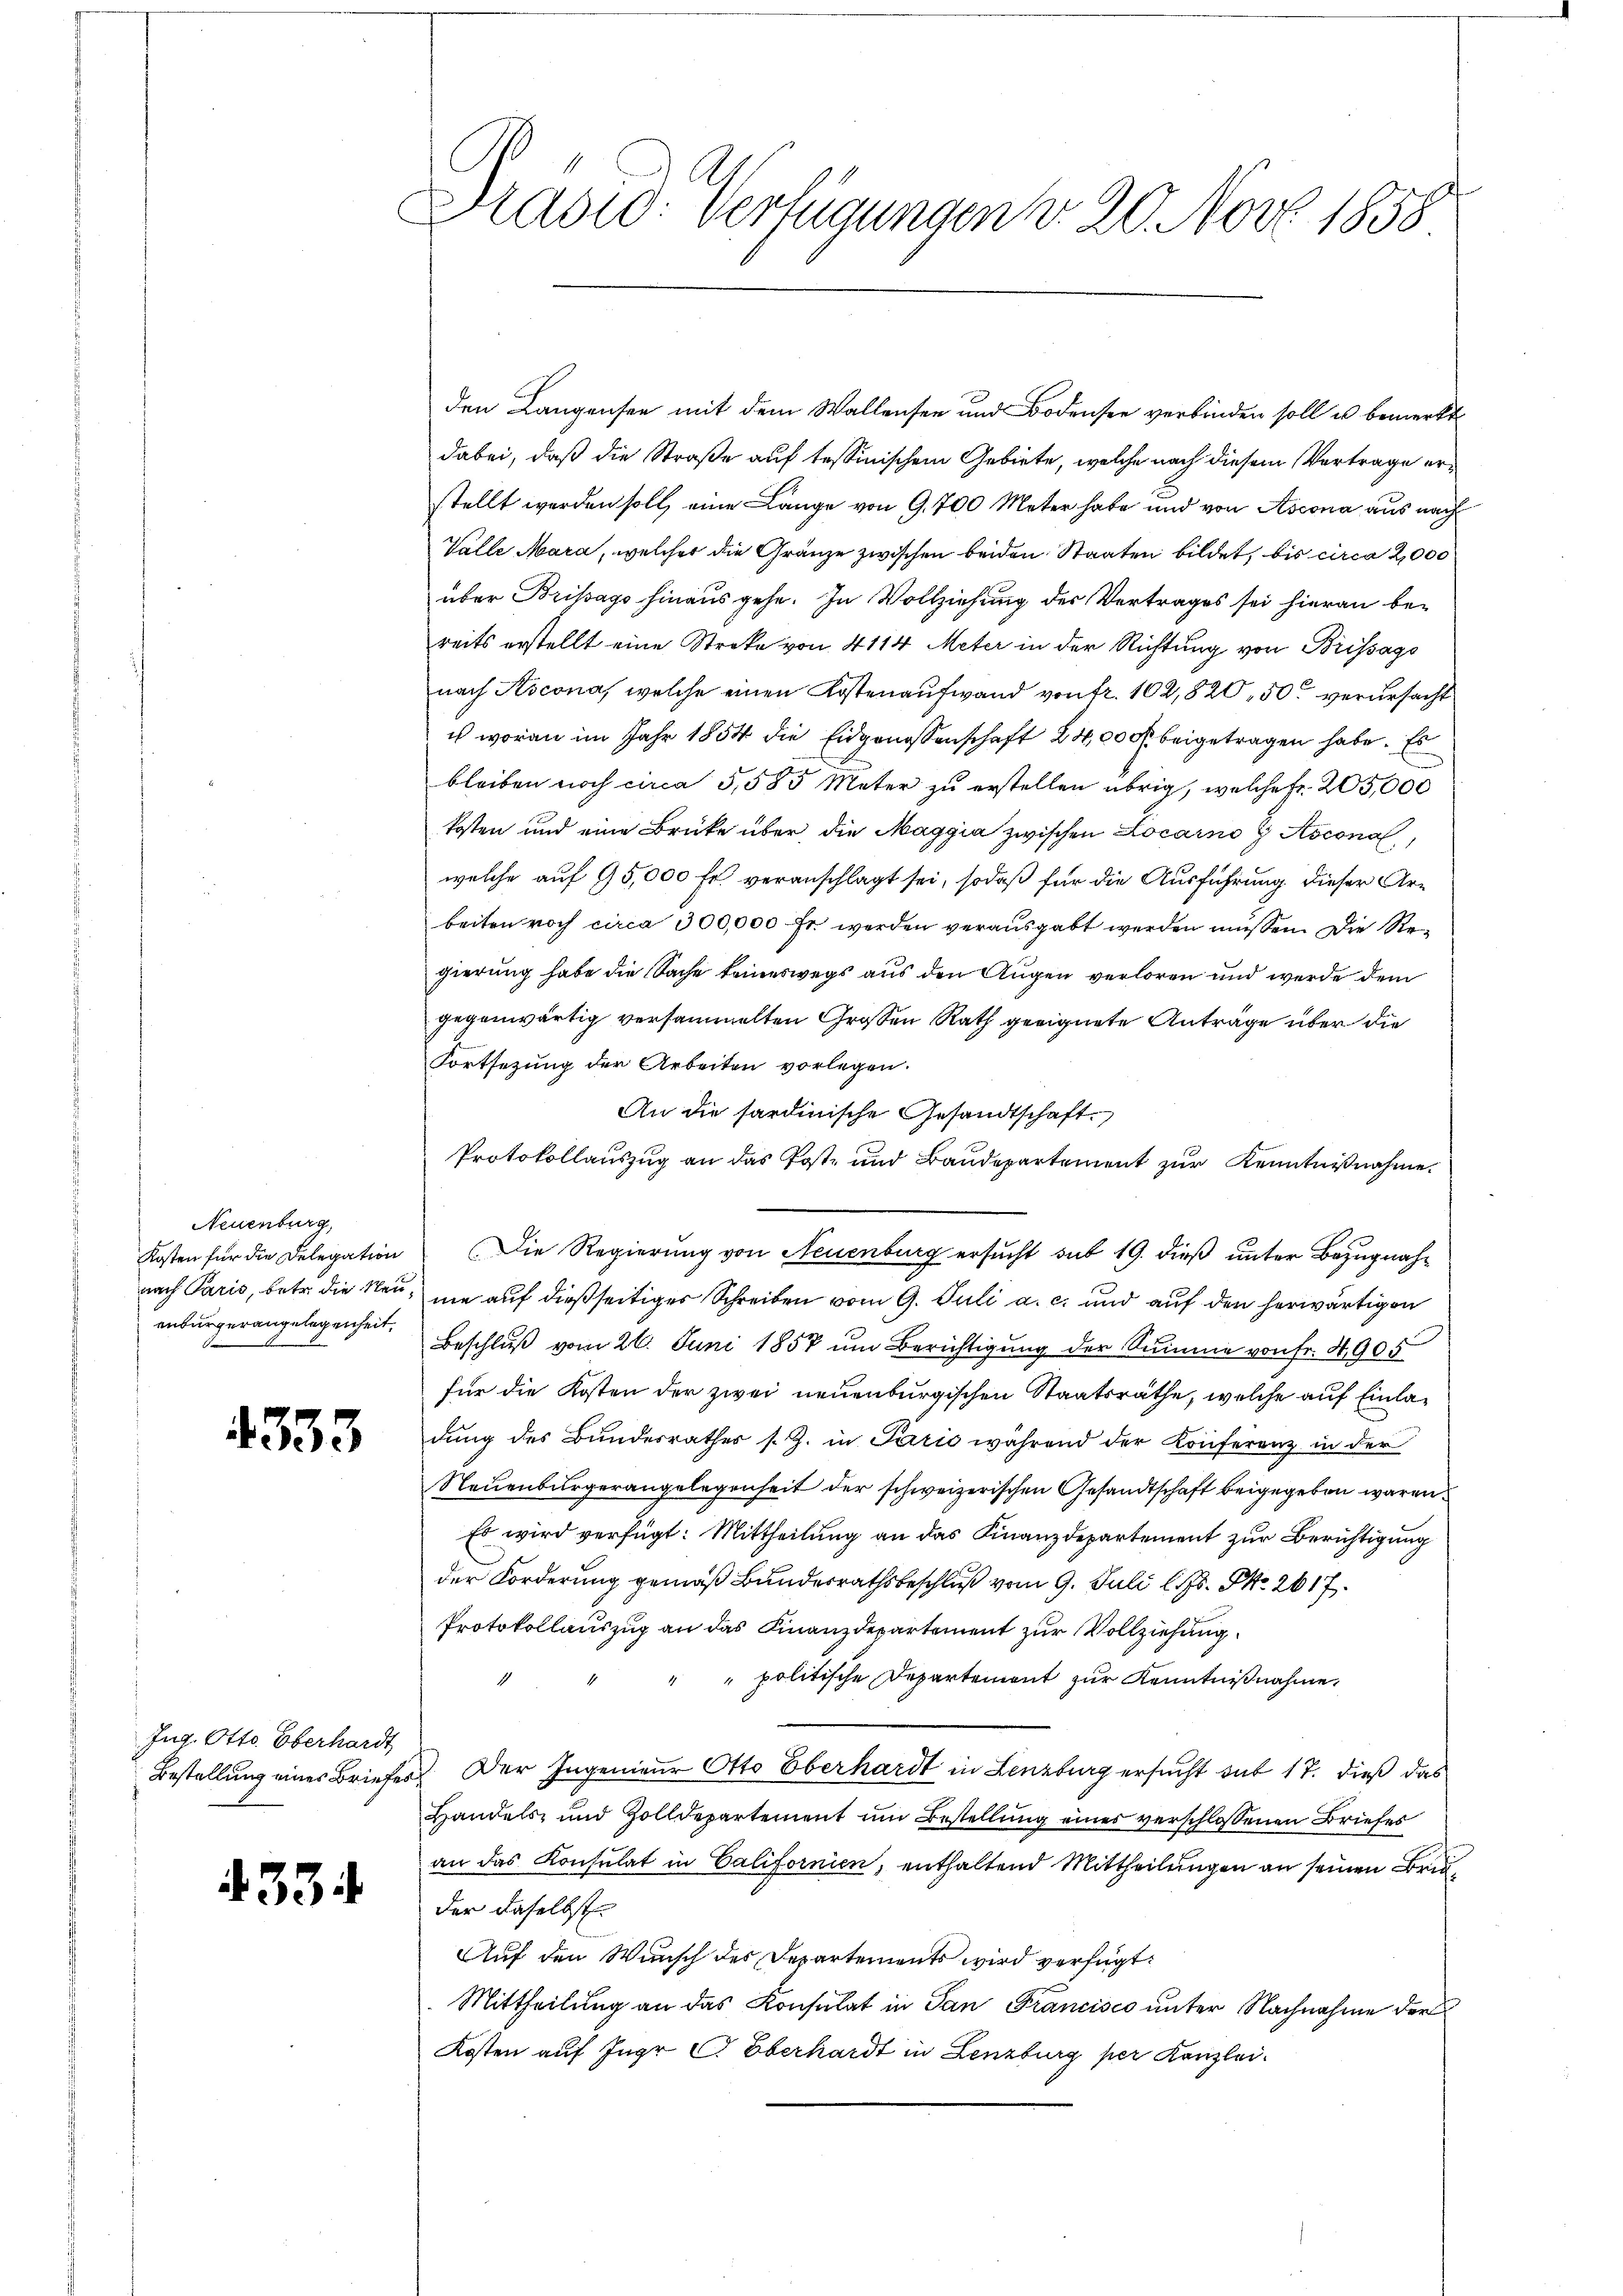
Neuenburg,
Kosten für die Delegation
nach Paris, betr. die Neuenburgerangelegenheit,

4333

Jug. Otto Oberhardt
Bestellung eines Briefe

4334

Dradid: Verfügungen v. 20. Nov. 1858

den Langensee mit dem Wallensee und Bodensee verbinden soll u bemerkt
dabei, daß die Straße auf tessinischem Gebiete, welche nach diesem Vertrage erstellt werden soll, eine Lange von 9. 700 Meter habe und von Ascona aus nach
Valle Mara, welcher die Gränze zwischen beiden Staaten bildet, bis circa 2,000
über Brissago hinaus gehe. In Vollziehung des Vertrages sei hieran bereits erstellt eine Streke von 4114 Meter in der Richtung von Brissago
nach Ascona, welche einen Kostenaufwand von fr. 102,820, 50 verursacht
u woran im Jahr 1854 die Eidgenossenschaft 24,000 beigetragen habe. Es
bleiben noch circa 5,585 Meter zu erstellen übrig, welche fr. 205,000
kosten und eine Brüke über die Maggia zwischen Locarno G Aocona
welche auf 95,000 Fr. veranschlagt sei, sodaß für die Ausführung dieser Arbeiten noch circa 300,000 fr. werden verausgabt werden müssen. Die Regierung habe die Sache keineswegs aus den Augen verloren und werde dem
gegenwärtig versammelten Grossen Rath geeignete Anträge über die
Fortsezung der Arbeiten vorlegen.
An die sardinische Gesandtschaft.
Protokollauszug an das Post- und Baudepartement zur Kenntnißnahme.
Die Regierung von Neuenburg ersucht sub 19. dieß unter Bezugnahne auf dießseitiges Schreiben vom 9. Juli a. c. und auf den herwärtigen
Beschluß vom 26. Juni 1857 um Berichtigung der Summe von fr. 4905
für die Kosten der zwei neuenburgischen Staatsräthe, welche auf Einladung des Bundesrathes s. Z. in Parić während der Konferenz in der
Neuenburgerangelegenheit der schweizerischen Gesandtschaft beigegeben waren.
Es wird verfügt: Mittheilung an das Finanzdepartement zur Berichtigung
der Forderung gemäß Bundesrathsbeschluß vom 9. Juli l. Js. No. 2617.
Protokollauszug an das Finanzdepartement zur Vollziehung
" politische Departement zur Kenntnißnahme,
Der Ingenieur Otto Oberhardt in Lenzburg ersucht sub 17. dieß das
Handels- und Zolldepartement um Bestellung eines verschlossenen Briefes
an das Konsulat in Californien, enthaltend Mittheilungen an seinen Bruder daselbst.
Auf den Wunsch des Departements wird verfügt:
Mittheilung an das Konsulat in San Francisco unter Nachnahme der
Kosten auf Juge C Oberhardt in Lenzburg per Kanzlei.